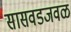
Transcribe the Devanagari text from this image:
सासवडजवळ